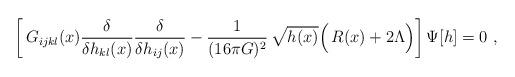
LaTeX: \begin{align*}\biggl[\, G_{ijkl}(x) \frac{\delta}{\delta h_{kl}(x)} \frac{\delta}{\delta h_{ij}(x)}- \frac{1}{(16 \pi G)^2}\,\sqrt{h(x)} \Bigl(\!~ R(x) + 2 \Lambda \Bigr) \biggr]\, \Psi[h] = 0\ ,\end{align*}